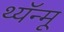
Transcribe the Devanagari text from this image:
थ्यॅन्मू